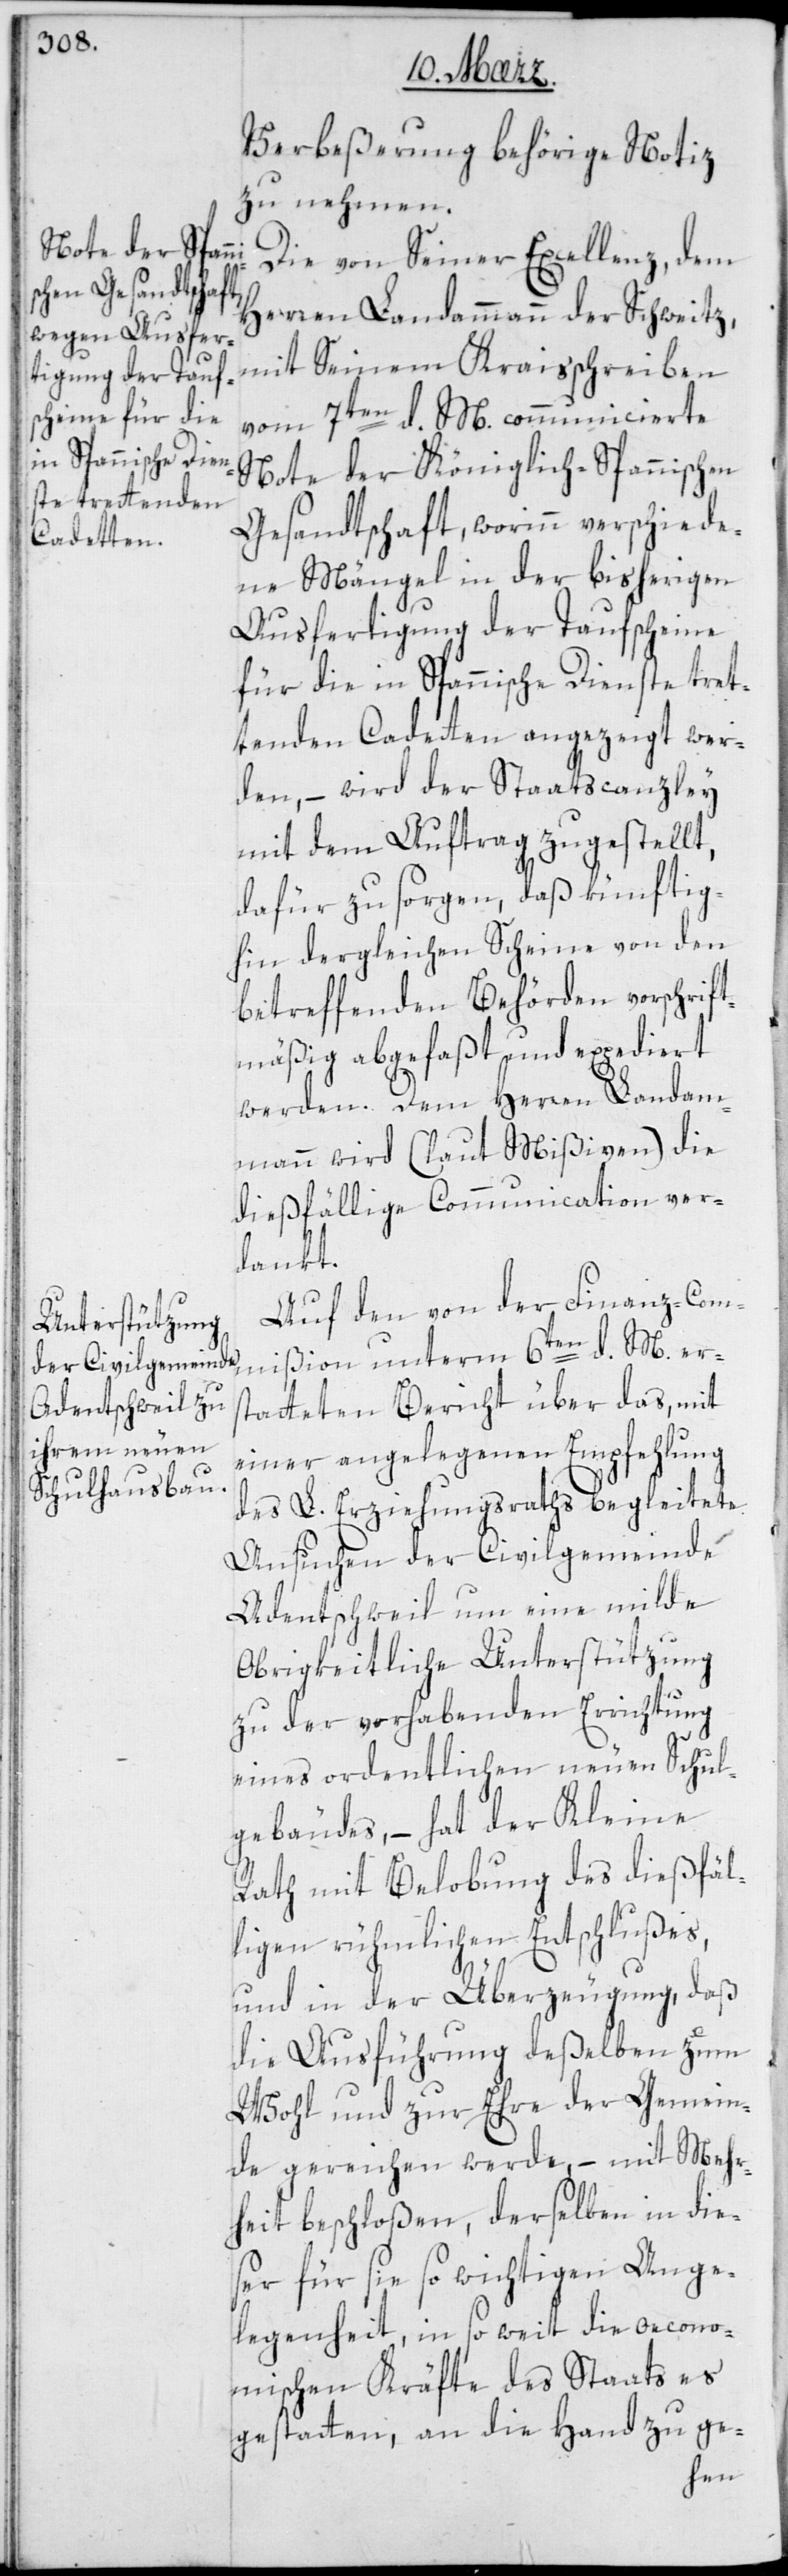
Verbeßerung behörige Notiz
zu nehmen.
Die von Seiner Excellenz dem
Herren Landammann der Schweitz
mit seinem Kraisschreiben
vom 7ten d. M[es]. communicierte
Note der Königlich-Spannischen
Gesandtschaft, worinn verschiede¬
ne Mängel in der bisherigen
Ausfertigung der Taufscheine
für die in Spannische Dienste tre¬
tenden Cadetten angezeigt wer¬
den, – wird der Staatscanzley
mit dem Auftrag zugestellt,
dafür zu sorgen, daß künftig¬
hin dergleichen Scheine von den
betreffenden Behörden vorschrift¬
mäßig abgefaßt und expediert
werden. Dem Herren Landam¬
mann wird (laut Mißiven) die
dießfällige Communication ver¬
dankt.
Auf den von der Finanz-Com¬
mißion unterm 6ten d. M[es]. ers¬
tatteten Bericht über das, mit
einer angelegenen Empfehlung
des L. Erziehungsraths begleitete
Ansuchen der Civilgemeinde
Adentschweil um eine milde
obrigkeitliche Unterstützung
zu der vorhabenden Errichtung
eines ordentlichen neuen Schul¬
gebäudes, – hat der Kleine
Rath mit Belobung des dießfäl¬
ligen rühmlichen Entschlußes
und in der Überzeugung, daß
die Ausführung deßelben zum
Wohl und zur Ehre der Gemein¬
de gereichen werde, – mit Mehr¬
heit beschloßen, derselben in die¬
ser für sie so wichtigen Ange¬
legenheit, in so weit die oecono¬
mischen Kräfte des Staats es
gestatten, an die Hand zu ge-